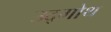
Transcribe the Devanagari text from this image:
उद्गोथ